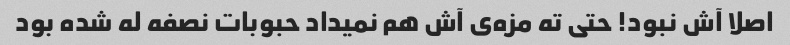
اصلا آش نبود! حتی ته مزه‌ی آش هم نمیداد حبوبات نصفه له شده بود